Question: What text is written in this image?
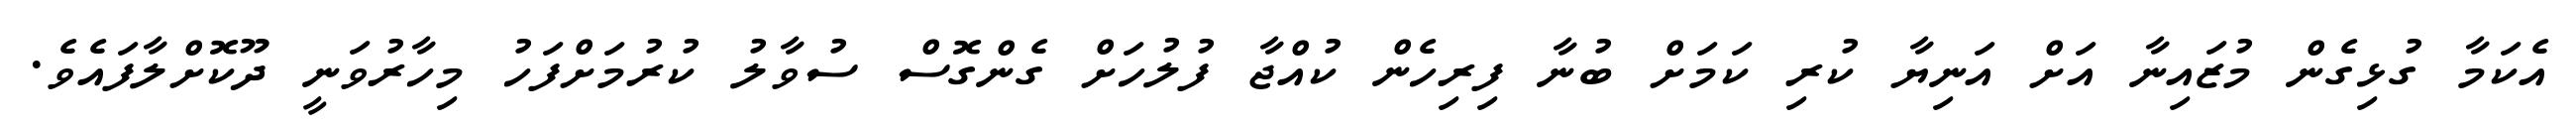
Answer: އެކަމާ ގުޅިގެން މުޒައިނާ އަށް އަނިޔާ ކުރި ކަމަށް ބުނާ ފިރިހެން ކުއްޖާ ފުލުހަށް ގެންގޮސް ސުވާލު ކުރުމަށްފަހު މިހާރުވަނީ ދޫކޮށްލާފައެވެ.